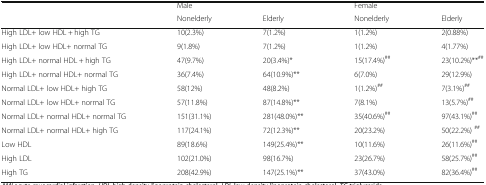
<table><thead><tr><td rowspan="2">[EMPTY_CELL]</td><td><b>Male</b></td><td>[EMPTY_CELL]</td><td><b>Female</b></td><td>[EMPTY_CELL]</td></tr><tr><td><b>Nonelderly</b></td><td><b>Elderly</b></td><td><b>Nonelderly</b></td><td><b>Elderly</b></td></tr></thead><tbody><tr><td>High LDL+ low HDL + high TG</td><td>10(2.3%)</td><td>7(1.2%)</td><td>1(1.2%)</td><td>2(0.88%)</td></tr><tr><td>High LDL+ low HDL+ normal TG</td><td>9(1.8%)</td><td>7(1.2%)</td><td>1(1.2%)</td><td>4(1.77%)</td></tr><tr><td>High LDL+ normal HDL + high TG</td><td>47(9.7%)</td><td>20(3.4%)*</td><td>15(17.4%)<sup>##</sup></td><td>23(10.2%)**<sup>##</sup></td></tr><tr><td>High LDL+ normal HDL+ normal TG</td><td>36(7.4%)</td><td>64(10.9%)**</td><td>6(7.0%)</td><td>29(12.9%)</td></tr><tr><td>Normal LDL+ low HDL+ high TG</td><td>58(12%)</td><td>48(8.2%)</td><td>1(1.2%)<sup>##</sup></td><td>7(3.1%)<sup>##</sup></td></tr><tr><td>Normal LDL+ low HDL+ normal TG</td><td>57(11.8%)</td><td>87(14.8%)**</td><td>7(8.1%)</td><td>13(5.7%)<sup>##</sup></td></tr><tr><td>Normal LDL+ normal HDL+ normal TG</td><td>151(31.1%)</td><td>281(48.0%)**</td><td>35(40.6%)<sup>##</sup></td><td>97(43.1%)<sup>##</sup></td></tr><tr><td>Normal LDL+ normal HDL+ high TG</td><td>117(24.1%)</td><td>72(12.3%)**</td><td>20(23.2%)</td><td>50(22.2%) <sup>##</sup></td></tr><tr><td>Low HDL</td><td>89(18.6%)</td><td>149(25.4%)**</td><td>10(11.6%)</td><td>26(11.6%)<sup>##</sup></td></tr><tr><td>High LDL</td><td>102(21.0%)</td><td>98(16.7%)</td><td>23(26.7%)</td><td>58(25.7%)<sup>##</sup></td></tr><tr><td>High TG</td><td>208(42.9%)</td><td>147(25.1%)**</td><td>37(43.0%)</td><td>82(36.4%)<sup>##</sup></td></tr></tbody></table>